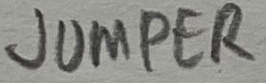
Text: JUMPER